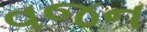
વજન